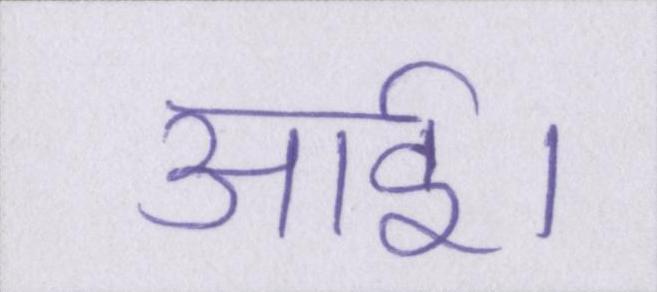
आई।